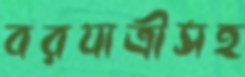
বরযাত্রীসহ